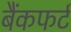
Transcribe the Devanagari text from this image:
बैंकफर्ट